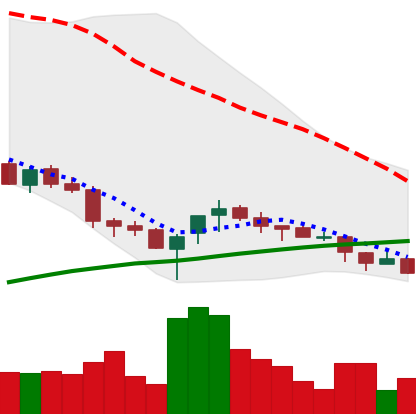
Ticker: NEO-USD
Chart end date: 2018-03-29
Forward return: 3.386%
Label: up_3_5